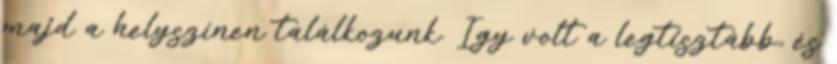
majd a helyszínen találkozunk. Így volt a legtisztább, és